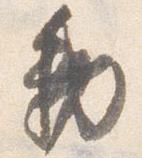
勅